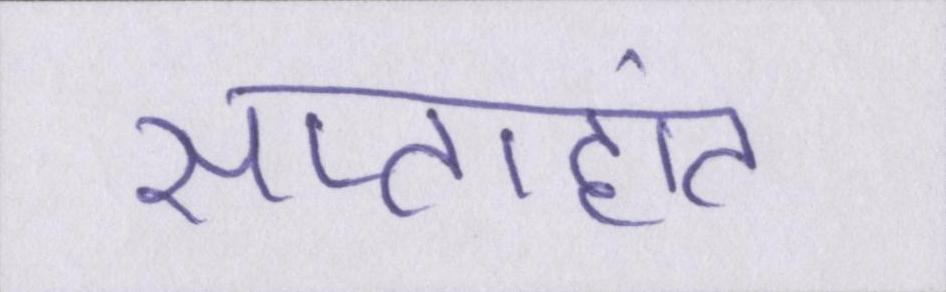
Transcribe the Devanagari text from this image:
सप्ताहांत